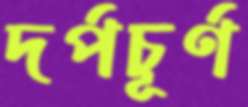
দর্পচূর্ণ